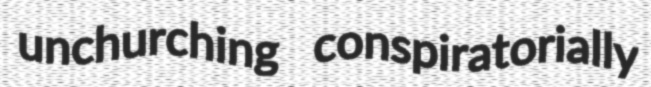
unchurching conspiratorially